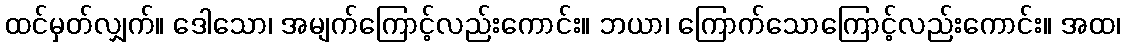
ထင်မှတ်လျှက်။ ဒေါသော၊ အမျက်ကြောင့်လည်းကောင်း။ ဘယာ၊ ကြောက်သောကြောင့်လည်းကောင်း။ အထ၊